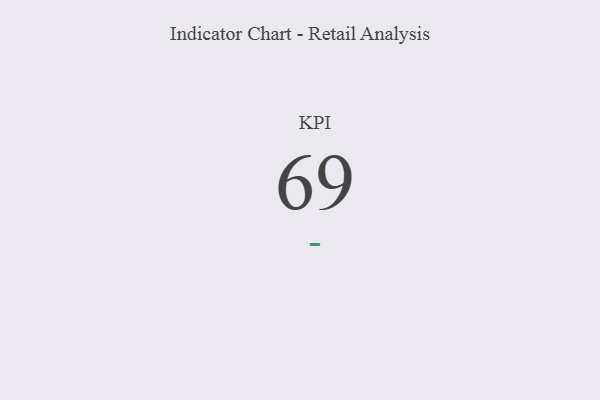
{"axis": {"x": "KPI", "y": "Value"}, "legend": [""], "data": [{"x": "KPI", "y": 69, "type": ""}]}